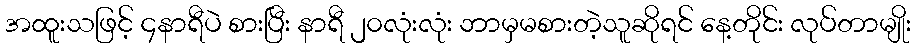
အထူးသဖြင့် ၄နာရီပဲ စားပြီး နာရီ ၂၀လုံးလုံး ဘာမှမစားတဲ့သူဆိုရင် နေ့တိုင်း လုပ်တာမျိုး